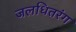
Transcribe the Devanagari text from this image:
जलधितरंग